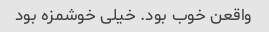
واقعن خوب بود. خیلی خوشمزه بود